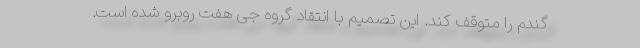
گندم را متوقف کند. این تصمیم با انتقاد گروه جی هفت روبرو شده است.